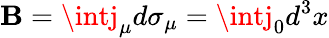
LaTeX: \mathbf{B}=\intj_{\mu}d\sigma_{\mu}=\intj_{0}d^{3}x